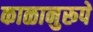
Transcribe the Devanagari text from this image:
काळानुरूपे